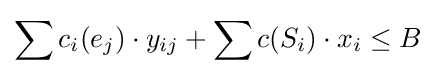
\sum {c_{i}(e_{j})\cdot y_{ij}}+\sum {c(S_{i})\cdot x_{i}}\leq B